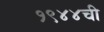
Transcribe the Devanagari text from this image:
१९४४ची